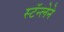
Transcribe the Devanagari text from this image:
स्टॅन्लेने